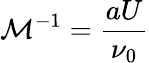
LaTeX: \mathcal{M}^{-1}=\frac{aU}{\nu_{0}}